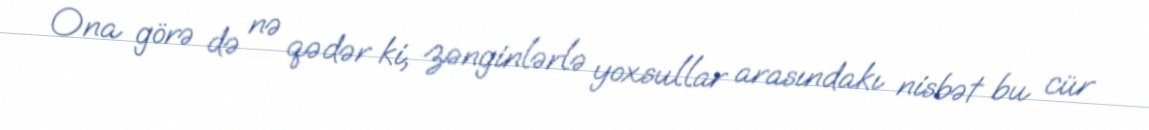
Ona görə də nə qədər ki, zənginlərlə yoxsullar arasındakı nisbət bu cür